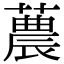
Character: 蕽